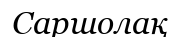
Саршолақ